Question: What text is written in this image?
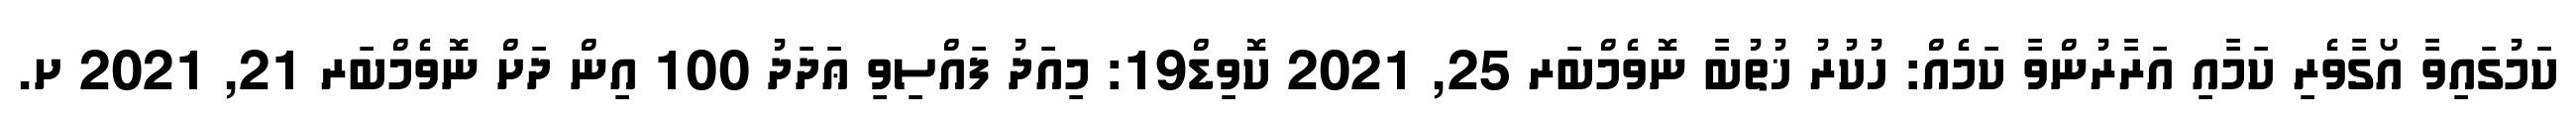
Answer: ކަމުގައިވާ އޯގާވެރި ކަމާއި އަރާރުންވާ ކަމެއް: ހުކުރު ޚުތުބާ ނޮވެމްބަރ 25, 2021 ކޮވިޑް19: މިއަދު ފައްސިވި ޢަދަދު 100 އިން ދަށް ނޮވެމްބަރ 21, 2021 ށ.